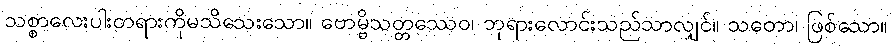
သစ္စာလေးပါးတရားကိုမသိသေးသော။ ဗောမ္ဗိသတ္တဿေဝ၊ ဘုရားလောင်းသည်သာလျှင်။ သတော၊ ဖြစ်သော။